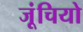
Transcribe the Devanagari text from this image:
जूंचियो